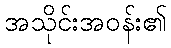
အသိုင်းအဝန်း၏